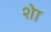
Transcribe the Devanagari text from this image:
शेा